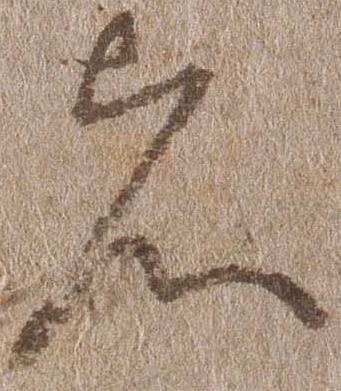
者